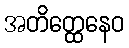
အတိတ္ထေနေဝ